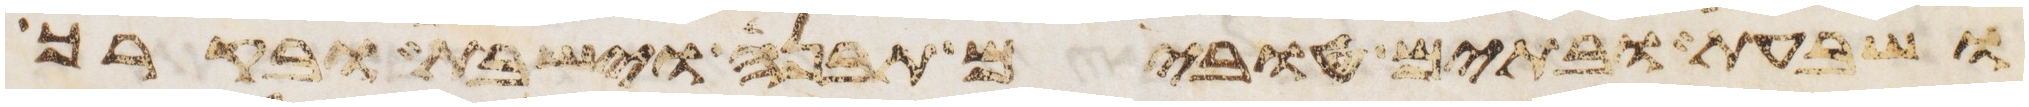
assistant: ושבעת ובתים טובים תבנה וישבת ובקרך